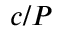
c / P